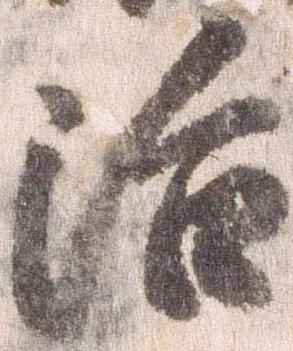
治